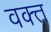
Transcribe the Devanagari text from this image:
वक्त्त